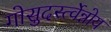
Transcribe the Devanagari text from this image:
गोसुदर्स्त्वेन्नोय